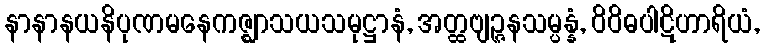
နာနာနယနိပုဏမနေကဇ္ဈာသယသမုဋ္ဌာနံ, အတ္ထဗျဉ္ဇနသမ္ပန္နံ, ဝိဝိဓပါဋိဟာရိယံ,